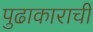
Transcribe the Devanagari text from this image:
पुढाकाराची